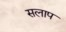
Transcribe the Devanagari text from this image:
सलाप